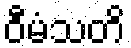
ဝီမံသတိ